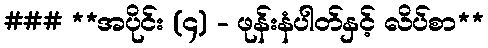
### **အပိုင်း (၄) - ဖုန်းနံပါတ်နှင့် လိပ်စာ**